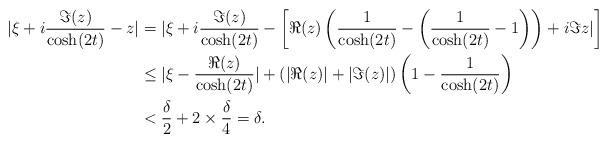
LaTeX: \begin{align*} |\xi+i\frac{\Im (z)}{\cosh(2t)}-z| &=|\xi+i\frac{\Im(z)}{\cosh(2t)}-\left[\Re(z)\left(\frac{1}{\cosh(2t)}-\left(\frac{1}{\cosh(2t)}-1\right)\right)+i\Im z|\right]\\& \le |\xi-\frac{\Re (z)}{\cosh(2t)}|+(|\Re(z)|+|\Im(z)|) \left(1-\frac{1}{\cosh(2t)}\right)\\&< \frac{\delta}{2}+2\times \frac{\delta}{4}=\delta. \end{align*}